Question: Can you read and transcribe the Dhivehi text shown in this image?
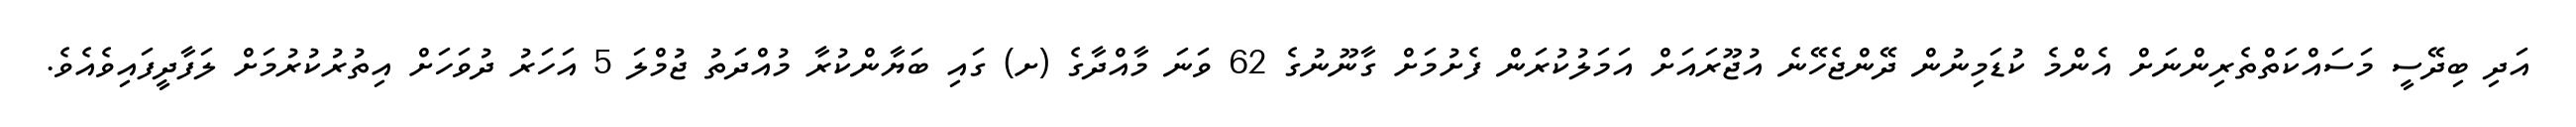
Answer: އަދި ބިދޭސީ މަސައްކަތްތެރިންނަށް އެންމެ ކުޑަމިނުން ދޭންޖެހޭނެ އުޖޫރައަށް އަމަލުކުރަން ފެށުމަށް ގާނޫނުގެ 62 ވަނަ މާއްދާގެ (ށ) ގައި ބަޔާންކުރާ މުއްދަތު ޖުމްލަ 5 އަހަރު ދުވަހަށް އިތުރުކުރުމަށް ލަފާދީފައިވެއެވެ.